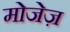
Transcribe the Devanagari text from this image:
मोजेज़